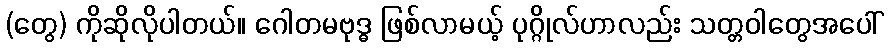
(တွေ) ကိုဆိုလိုပါတယ်။ ဂေါတမဗုဒ္ဓ ဖြစ်လာမယ့် ပုဂ္ဂိုလ်ဟာလည်း သတ္တဝါတွေအပေါ်